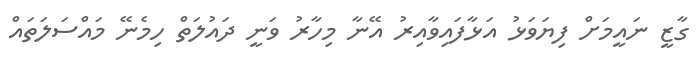
ގާޒީ ނައީމަށް ފިޔަވަޅު އަޅާފައިވާއިރު އޭނާ މިހާރު ވަނީ ދައުލަތް ހިމެނޭ މައްސަލަތައް